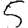
Digit: 5